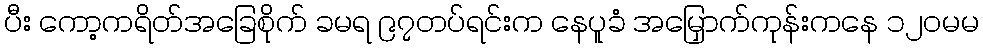
ပီး ကော့ကရိတ်အခြေစိုက် ခမရ ၉၇တပ်ရင်းက နေပူခံ အမြှောက်ကုန်းကနေ ၁၂၀မမ